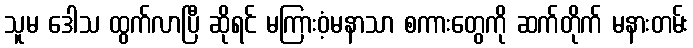
သူမ ဒေါသ ထွက်လာပြီ ဆိုရင် မကြားဝံ့မနာသာ စကားတွေကို ဆက်တိုက် မနားတမ်း